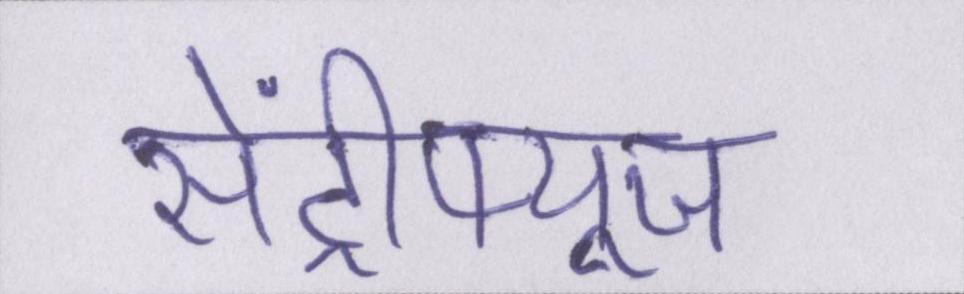
सेंट्रीफ्यूज